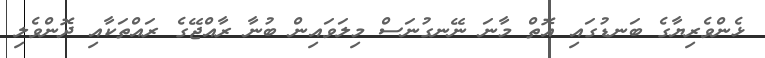
ޅެންވެރިޔާގެ ބަނޑުގައި އޮތް މާނަ ނޭނގުނަސް މިލަވައިން ބުނާ ރާއްޖޭގެ ރައްތަކާއި ދޮންވެލި